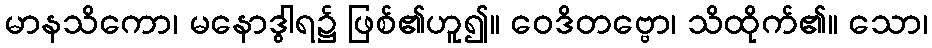
မာနသိကော၊ မနောဒွါရ၌ ဖြစ်၏ဟူ၍။ ဝေဒိတဗ္ဗော၊ သိထိုက်၏။ သော၊